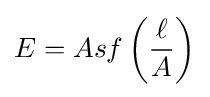
E=Asf\left({\frac {\ell }{A}}\right)